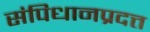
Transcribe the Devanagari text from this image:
संपिधानप्रदत्त